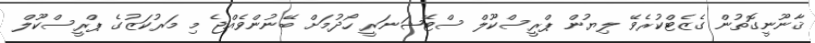
ޤާނޫނީގޮތުން ގެޒެޓްކުރެވޭ ލިޔުން ޕްރީސްކޫލް ސްޓޭޝަނަރީ ހޯދުމަށް ބޭނުންވެއްޖެ މި މަރުކަޒުގެ ޕްރީސްކޫލް